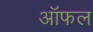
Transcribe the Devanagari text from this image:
ऑफल